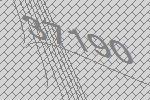
37190